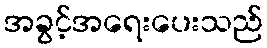
အခွင့်အရေးပေးသည်